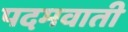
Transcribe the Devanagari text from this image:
पदमवाती